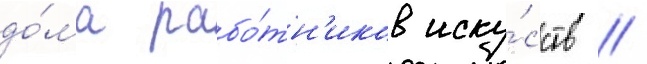
до́ма рабо́тн'иков иску́сств //